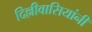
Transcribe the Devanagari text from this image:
दिल्लीवासियांनी